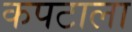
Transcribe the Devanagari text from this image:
कपटाला